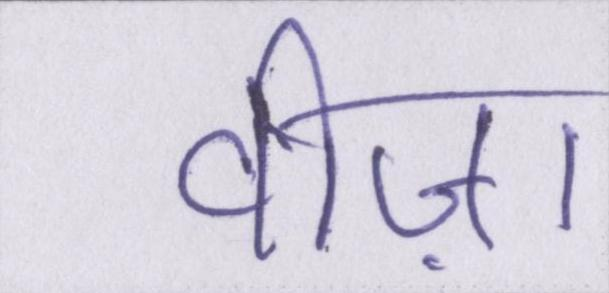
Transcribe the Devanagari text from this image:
वीज़ा